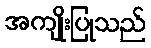
အကျိုးပြုသည်